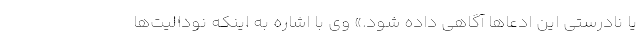
یا نادرستی این ادعاها آگاهی داده شود.» وی با اشاره به اینکه نودالیت­ها